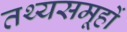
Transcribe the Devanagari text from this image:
तथ्यसमूहों